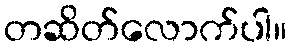
တဆိတ်လောက်ပါ။